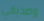
وصديقي